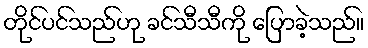
တိုင်ပင်သည်ဟု ခင်သီသီကို ပြောခဲ့သည်။